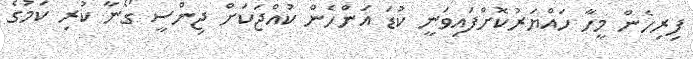
ފިރިހެން މީހާ ހައްޔަރުކޮށްފައިވަނީ ކުޑަ އަންހެން ކުއްޖަކަށް ޖިންސީ ގޯނާ ކުރި ކަމުގެ